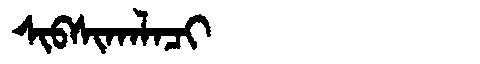
Manchu: ᠰᡳᠪᠰᡳᡴᠠᠯᠠᠴᡳ
Romanization: SIBSIKALACI